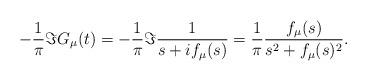
LaTeX: \begin{align*}-\frac{1}{\pi}\Im G_{\mu}(t)=-\frac{1}{\pi}\Im\frac{1}{s+if_{\mu}(s)}=\frac{1}{\pi}\frac{f_{\mu}(s)}{s^{2}+f_{\mu}(s)^{2}}.\end{align*}